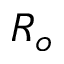
R _ { o }